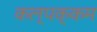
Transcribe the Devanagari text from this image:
कल्पक्कम